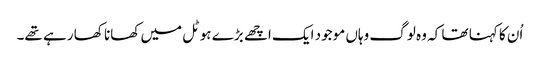
اُن کا کہنا تھا کہ وہ لوگ وہاں موجود ایک اچھے بڑے ہوٹل میں کھانا کھا رہے تھے۔